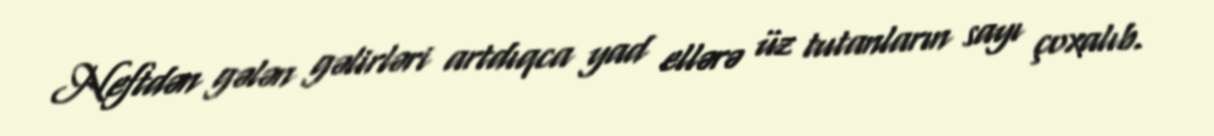
Neftdən gələn gəlirləri artdıqca yad ellərə üz tutanların sayı çoxalıb.